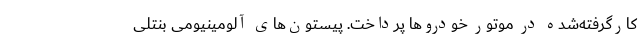
‌کارگرفته‌شده در موتور خودروها پرداخت. پیستون‌های آلومینیومی بنتلی